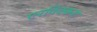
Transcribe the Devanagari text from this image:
एरविक्करा